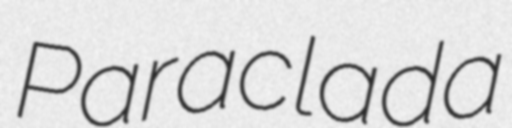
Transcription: Paraclada